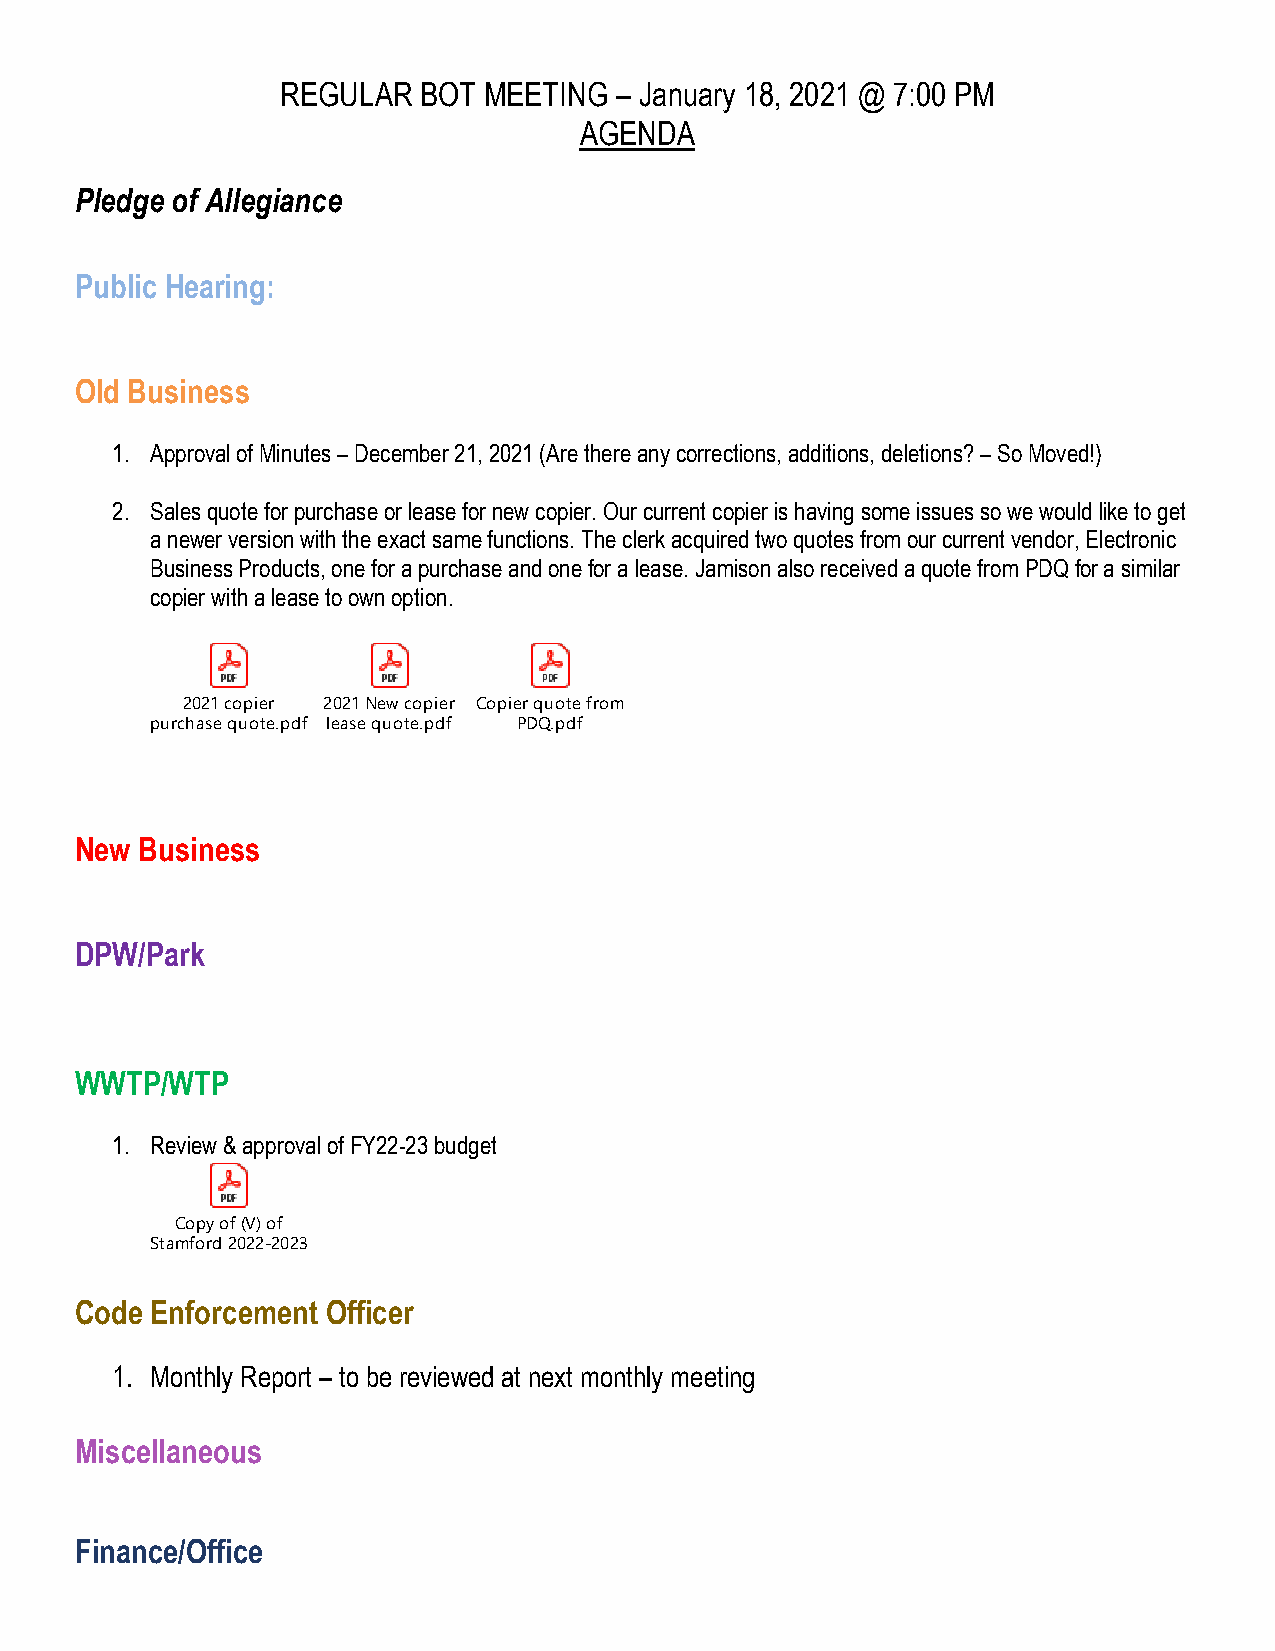
REGULAR  BOT MEETING  – January 18, 2021 @ 7:00 PM
 AGENDA
 Pledge of Allegiance
 Public Hearing:
 Old Business
 1. Approval of Minutes – December 21, 2021 (Are there any corrections, additions, deletions? – So Moved!)
 2. Sales quote for purchase or lease for new copier. Our current copier is having some issues so we would like to get
 a newer version with the exact same functions. The clerk acquired two quotes from our current vendor, Electronic
 Business Products, one for a purchase and one for a lease. Jamison also received a quote from PDQ for a similar
 copier with a lease to own option.
 2021 copier 2021 New copier Copier quote from
 purchase quote.pdf lease quote.pdf PDQ.pdf
 New Business
 DPW/Park
 WWTP/WTP
 1. Review & approval of FY22-23 budget
 Copy of (V) of
 Stamford 2022-2023
 Code Enforcement Officer
 1. Monthly Report – to be reviewed at next monthly meeting
 Miscellaneous
 Finance/Office